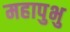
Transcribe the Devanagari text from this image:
महापुभु